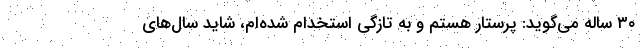
۳۰ ساله می‌گوید: پرستار هستم و به تازگی استخدام شده‌ام، شاید سال‌های